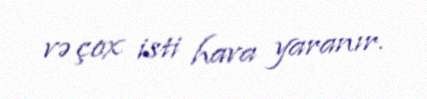
və çox isti hava yaranır.